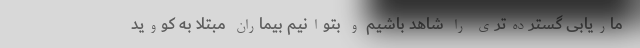
ماریابی گسترده‌تری را شاهد باشیم و بتوانیم بیماران مبتلا به کووید